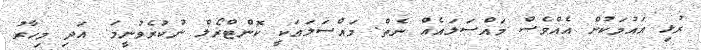
ރުޅި އައުމަކުން އެއްވެސް މައްސަލައެއް ނެތް. މައްސަލައަކީ ކޮންޓްރޯލް ނުކުރެވުނީމަ. އަދި މިހާރު